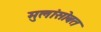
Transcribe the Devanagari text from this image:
मुलांसोबत